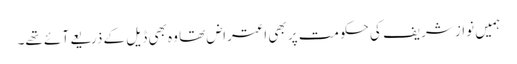
ہمیں نواز شریف کی حکومت پر بھی اعتراض تھا وہ بھی ڈیل کے ذریعے آئے تھے۔